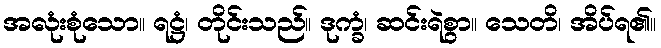
အလုံးစုံသော။ ရဋ္ဌံ၊ တိုင်းသည်။ ဒုက္ခံ၊ ဆင်းရဲစွာ။ သေတိ၊ အိပ်ရ၏။